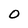
Character: 0